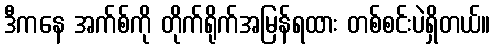
ဒီကနေ အက်စ်ကို တိုက်ရိုက်အမြန်ရထား တစ်စင်းပဲရှိတယ်။